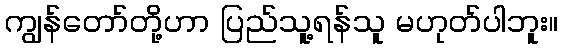
ကျွန်တော်တို့ဟာ ပြည်သူ့ရန်သူ မဟုတ်ပါဘူး။